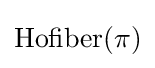
{\text{Hofiber}}(\pi )